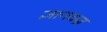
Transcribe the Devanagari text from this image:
ज्ञानवज्र